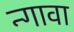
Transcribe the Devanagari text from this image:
न्गावा